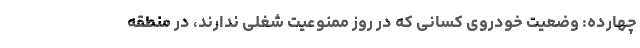
چهارده: وضعیت خودروی کسانی که در روز ممنوعیت شغلی ندارند، در منطقه‌